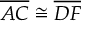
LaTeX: { \overline { { A C } } } \cong { \overline { { D F } } }